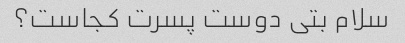
سلام بتی دوست پسرت کجاست؟